Annual vaccination report of Bihar and Orissa - 1911-1928
Year: 1911
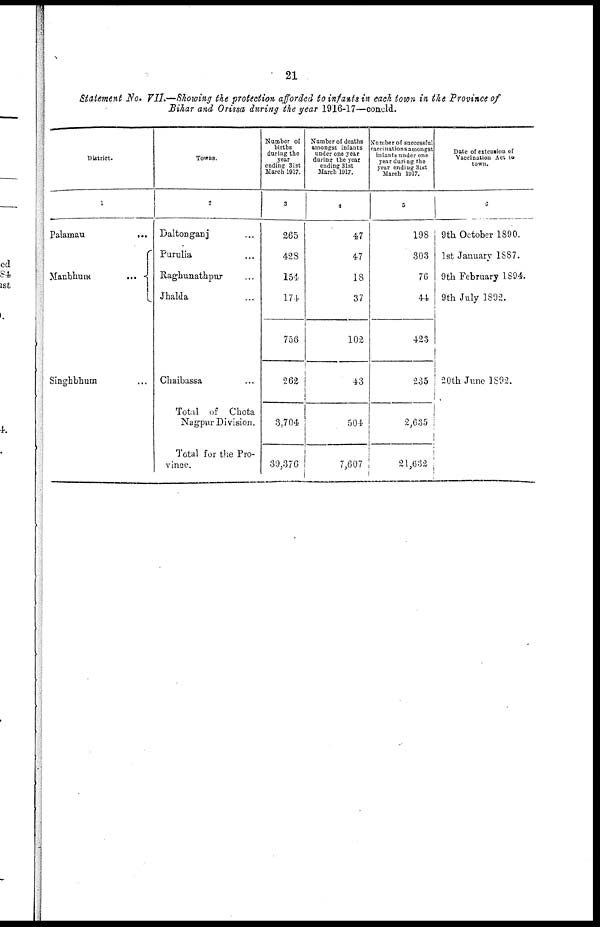
21
Statement No. VII.—Showing the protection afforded to infants in each town in the Province of
Bihar and Orissa during the year 1916-17—concld.
District.
1
Palamau
...
...
Manbhum...
...
Singhbhum...
Towns.
2
Daltonganj... ...
Purulia... ...
Raghunathpur... ...
Jhalda... ...
Chaibassa... ...
Total of Chota
Nagpur Division.
Total for the Pro-
vince.
Number of
births
during the
year
ending 31st
March 1917.
3
265
428
154
174
756
262
3,704
39,376
Number of deaths
amongst infants
under one year
during the year
ending 31st
March 1917.
4
47
47
13
37
102
43
504
7,607
Number of successful
vaccinations amongst
infants under one
year during the
year ending 31st
March 1917.
5
198
303
76
44
423
235
2,635
21,632
Date of extension of
Vaccination Act to
town.
6
9th October 1890.
1st January 1887.
9th February 1894.
9th July 1892.
20th June 1892.